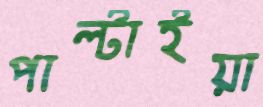
পাল্‌টাইয়া